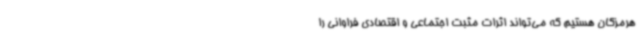
هرمزگان هستیم که می‌تواند اثرات مثبت اجتماعی و اقتصادی فراوانی را